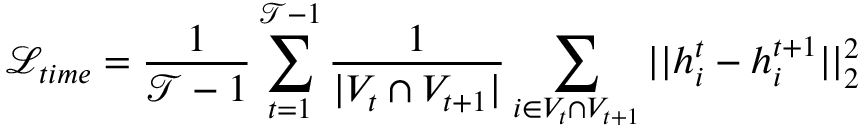
\mathcal { L } _ { t i m e } = \frac { 1 } { \mathcal { T } - 1 } \sum _ { t = 1 } ^ { \mathcal { T } - 1 } \frac { 1 } { | V _ { t } \cap V _ { t + 1 } | } \sum _ { i \in V _ { t } \cap V _ { t + 1 } } | | h _ { i } ^ { t } - h _ { i } ^ { t + 1 } | | _ { 2 } ^ { 2 }